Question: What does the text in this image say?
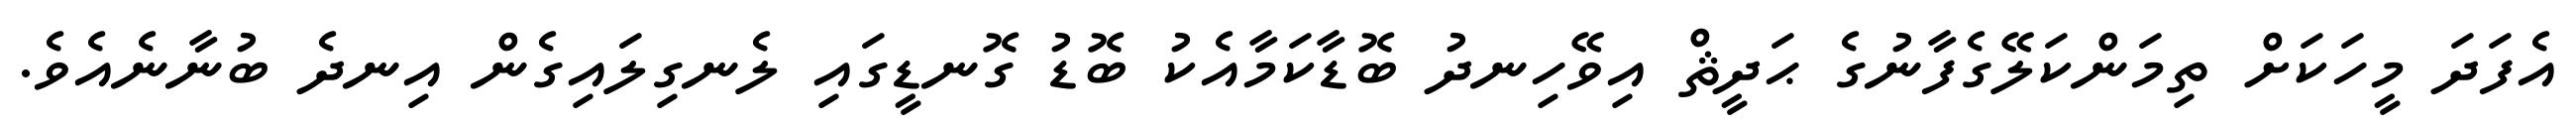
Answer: އެފަދަ މީހަކަށް ތިމަންކަލޭގެފާނުގެ ޙަދީޘް އިވޭހިނދު ބޮޑާކަމާއެކު ބޮޑު ގޮނޑީގައި ލެނގިލައިގެން އިނދެ ބުނާނެއެވެ.